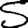
Digit: 5